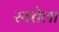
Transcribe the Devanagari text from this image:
रयतेला